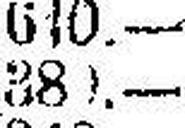
380.—